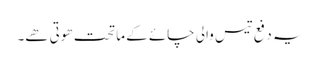
یہ دفع تیس والی چائے کے ماتحت ھوتی ھے۔